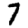
Digit: 7